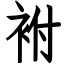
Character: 袝